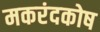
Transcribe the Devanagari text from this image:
मकरंदकोष